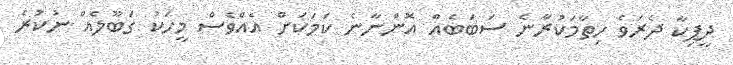
ދީޕިކާ ދެރަވެ ހިތާމަކުރާނެ ސަބަބެއް އޮންނާނެ ކަމަކަށް އެއްވެސް މީހަކު ގަބޫލެއް ނުކުރެ